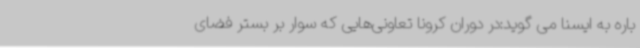
باره به ایسنا می گوید:در دوران کرونا تعاونی‌هایی که سوار بر بستر فضای